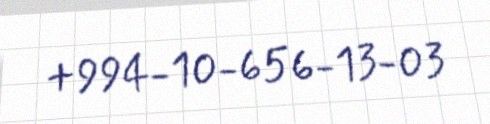
+994-10-656-13-03